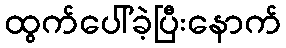
ထွက်ပေါ်ခဲ့ပြီးနောက်